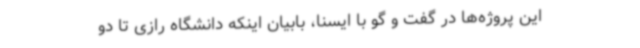
این پروژه‌ها در گفت و گو با ایسنا، بابیان اینکه دانشگاه رازی تا دو